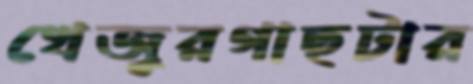
খেজুরগাছটার